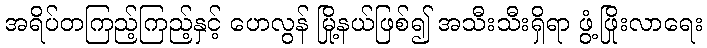
အရိပ်တကြည့်ကြည့်နှင့် ဟေလွန် မြို့နယ်ဖြစ်၍ အသီးသီးရှိရာ ဖွံ့ဖြိုးလာရေး